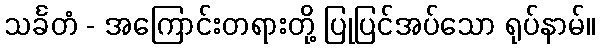
သင်္ခတံ - အကြောင်းတရားတို့ ပြုပြင်အပ်သော ရုပ်နာမ်။